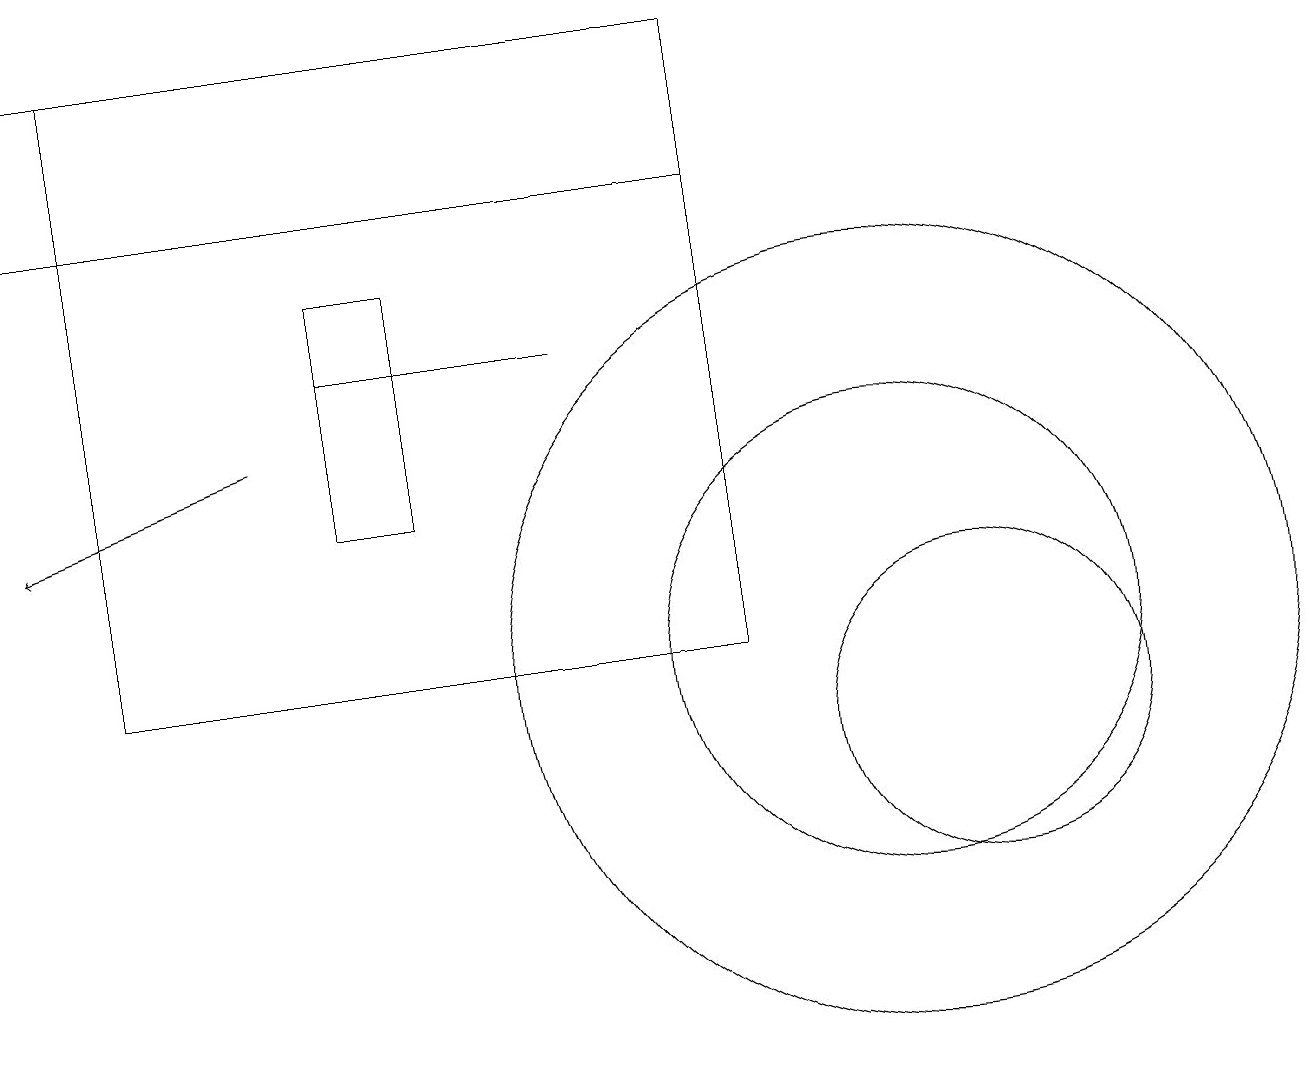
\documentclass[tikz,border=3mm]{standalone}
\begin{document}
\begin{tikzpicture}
\draw (5,13) rectangle (4,16);
\draw (12,10) circle (2);
\draw (11,11) circle (5);
\draw (1,19) rectangle (9,11);
\draw[->] (3,14) -- (0,13);
\draw (9,17) rectangle (0,19);
\draw (7,15) rectangle (4,15);
\draw (11,11) circle (3);
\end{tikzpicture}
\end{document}